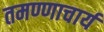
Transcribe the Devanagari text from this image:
तमण्णाचार्य